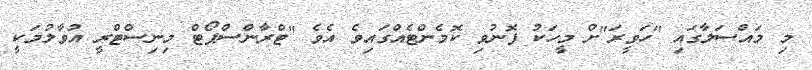
މި މައްސަލާގައި "ހަވީރަ"ށް މީހަކު ފޮނުވި ކޮމެންޓެއްގައިވެ އެވެ "ޓްރާންސްޕޯޓް މިނިސްޓްރީ އުވާލުމަކީ